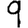
Digit: 9